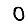
Digit: 0